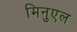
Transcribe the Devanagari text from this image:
मिनुएल